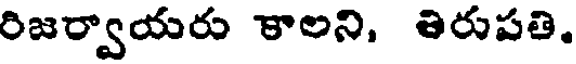
రిజర్వాయరు కాలని, తిరుపతి.